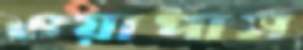
ওয়াপাস